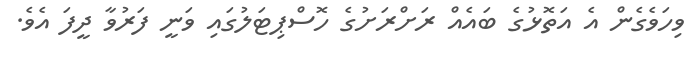
ވިހަވެގެން އެ އަތޮޅުގެ ބައެއް ރަށްރަށުގެ ހޮސްޕިޓަލުގައި ވަނީ ފަރުވާ ދީފަ އެވެ.